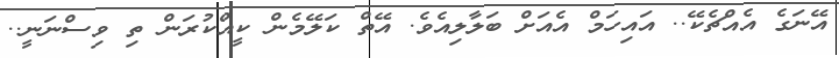
އޭނަގެ އެއްޗެކޭ.. އައިހަމް އެއަށް ބަލާލިއެވެ. އޭތް ކަލޭމެން ކީއްކުރަން ތި ވިސްނަނީ..